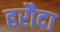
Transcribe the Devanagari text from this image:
हरौदा